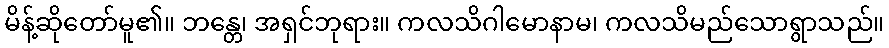
မိန့်ဆိုတော်မူ၏။ ဘန္တေ၊ အရှင်ဘုရား။ ကလသိဂါမောနာမ၊ ကလသိမည်သောရွာသည်။